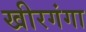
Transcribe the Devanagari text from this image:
खीरगंगा